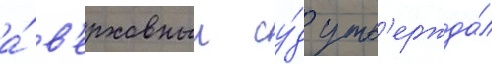
а́ в'ерховныи су́д утв'ержда́л